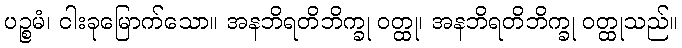
ပဉ္စမံ၊ ငါးခုမြောက်သော။ အနဘိရတိဘိက္ခု ဝတ္ထု၊ အနဘိရတိဘိက္ခု ဝတ္ထုသည်။